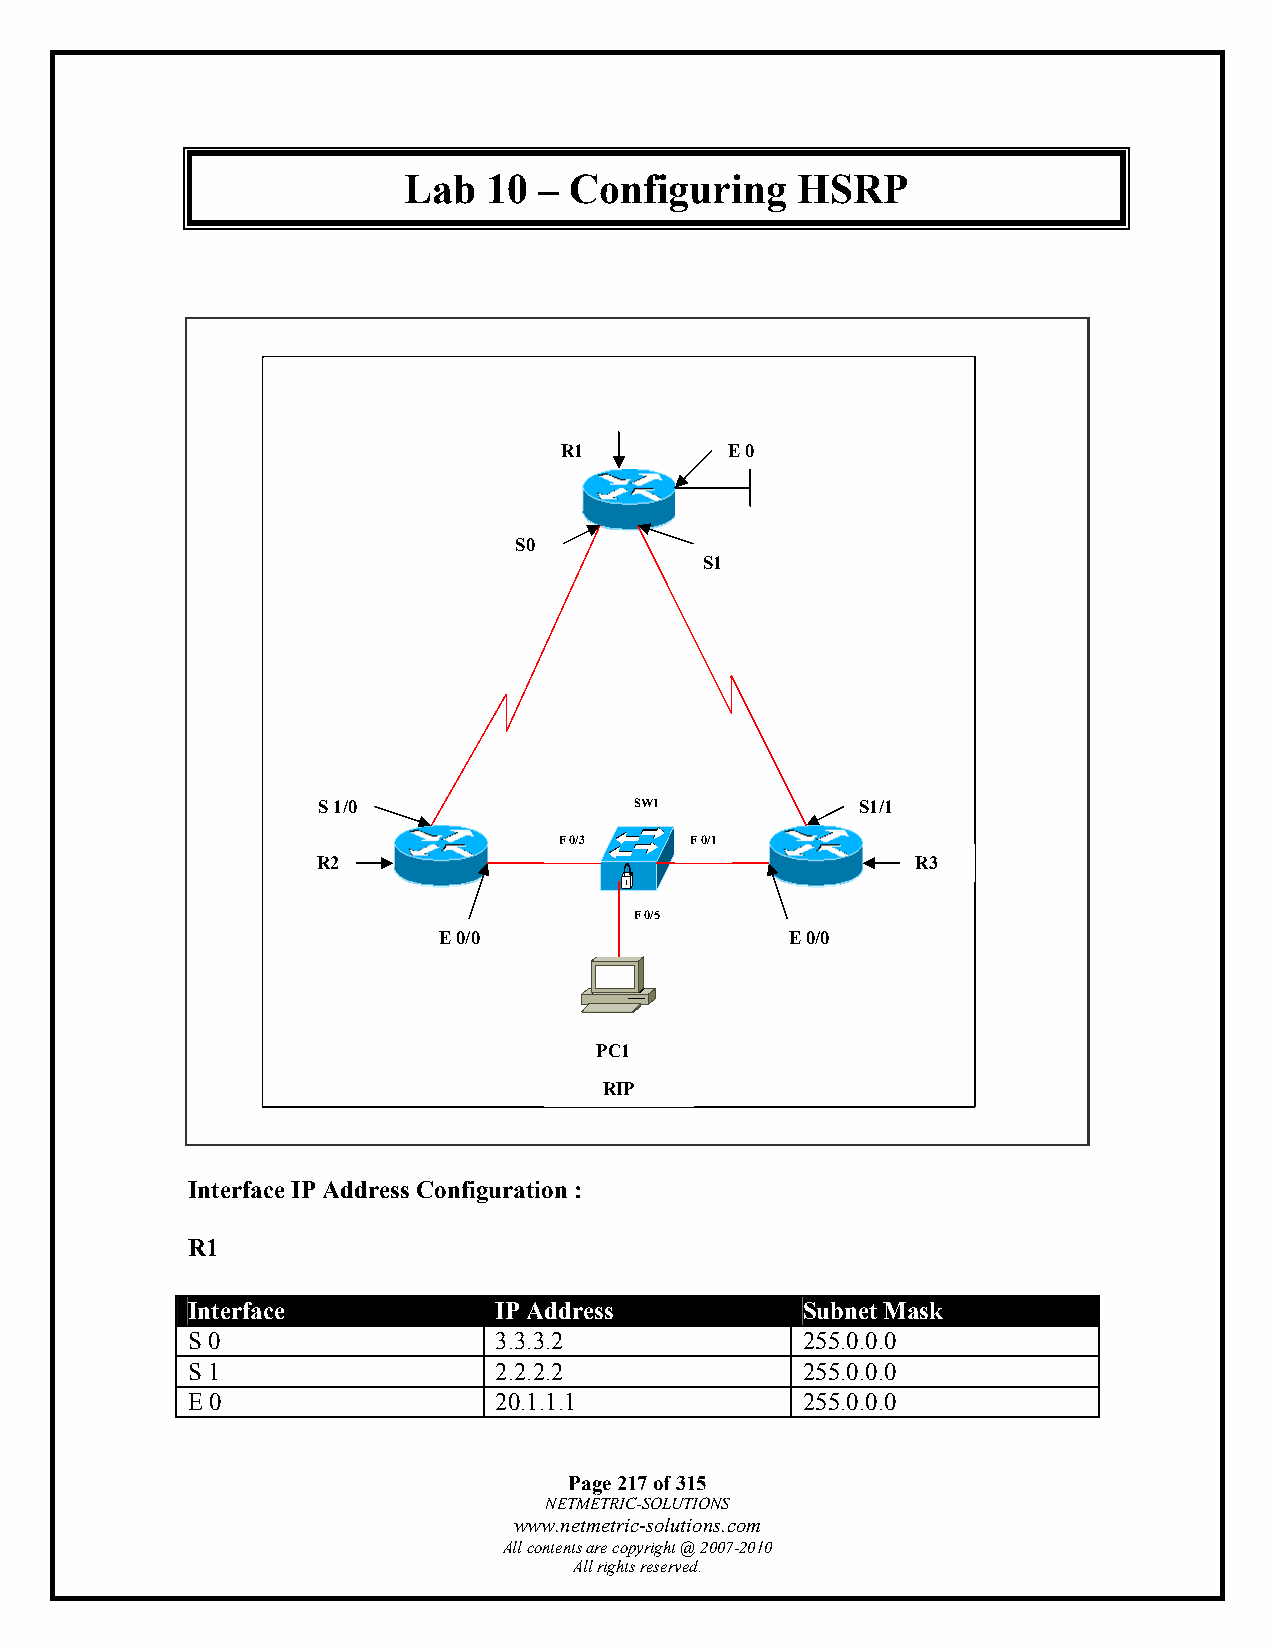
Lab  10  – Configuring    HSRP
 R1         E 0
 S0
 S1
 S 1/0                SW1            S1/1
 F 0/3    F 0/1
 R2                                      R3
 F 0/5
 E 0/0                  E 0/0
 PC1
 RIP
 Interface IP Address Configuration :
 R1
 Interface            IP Address          Subnet Mask
 S 0                  3.3.3.2             255.0.0.0
 S 1                  2.2.2.2             255.0.0.0
 E 0                  20.1.1.1            255.0.0.0
 Page 217 of 315
 NETMETRIC-SOLUTIONS
 www.netmetric-solutions.com
 All contents are copyright @ 2007-2010
 All rights reserved.